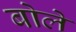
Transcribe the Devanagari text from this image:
बोलेे